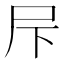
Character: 𱚲